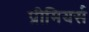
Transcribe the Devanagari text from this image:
प्रीमियर्स